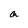
Character: a